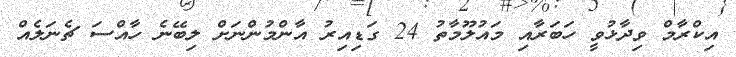
އިކްރާމް ވިދާޅުވީ ހަބަރާއި މައުލޫމާތު 24 ގަޑިއިރު އާންމުންނަށް ލިބޭނެ ހާއްސަ ޗެނަލެއް